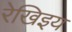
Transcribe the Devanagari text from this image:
रेखिइय